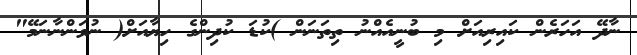
ނާދޭ އަހަރެން ކައިރިއަށް މި ބުނީއެއްނު ތިތަނަން )ކުޑަ ކުދިންގެ ހިޔާއަށް( ނުވަންނާނަމޭ"